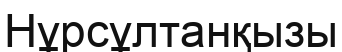
Нұрсұлтанқызы